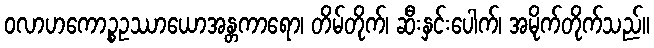
ဝလာဟကောဉ္စဥဿာယောအန္တကာရော၊ တိမ်တိုက်၊ ဆီးနှင်းပေါက်၊ အမိုက်တိုက်သည်။